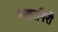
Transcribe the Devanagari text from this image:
भवरगिरी